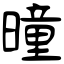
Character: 曈